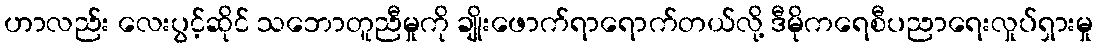
ဟာလည်း လေးပွင့်ဆိုင် သဘောတူညီမှုကို ချိုးဖောက်ရာရောက်တယ်လို့ ဒီမိုကရေစီပညာရေးလှုပ်ရှားမှု